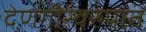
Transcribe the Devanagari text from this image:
देणगीस्वरुपात